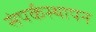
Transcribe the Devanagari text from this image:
संपर्कस्थापन